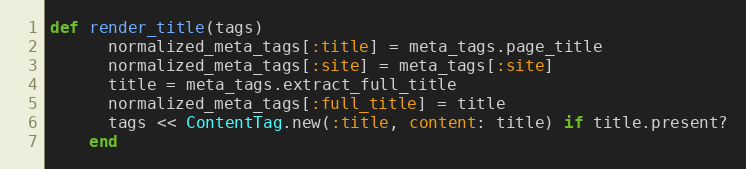
Language: Ruby
def render_title(tags)
      normalized_meta_tags[:title] = meta_tags.page_title
      normalized_meta_tags[:site] = meta_tags[:site]
      title = meta_tags.extract_full_title
      normalized_meta_tags[:full_title] = title
      tags << ContentTag.new(:title, content: title) if title.present?
    end